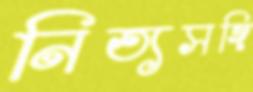
নিত্যসঙ্গি